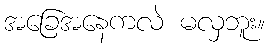
အခြေအနေကလဲ မလှဘူး။